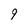
Character: 9